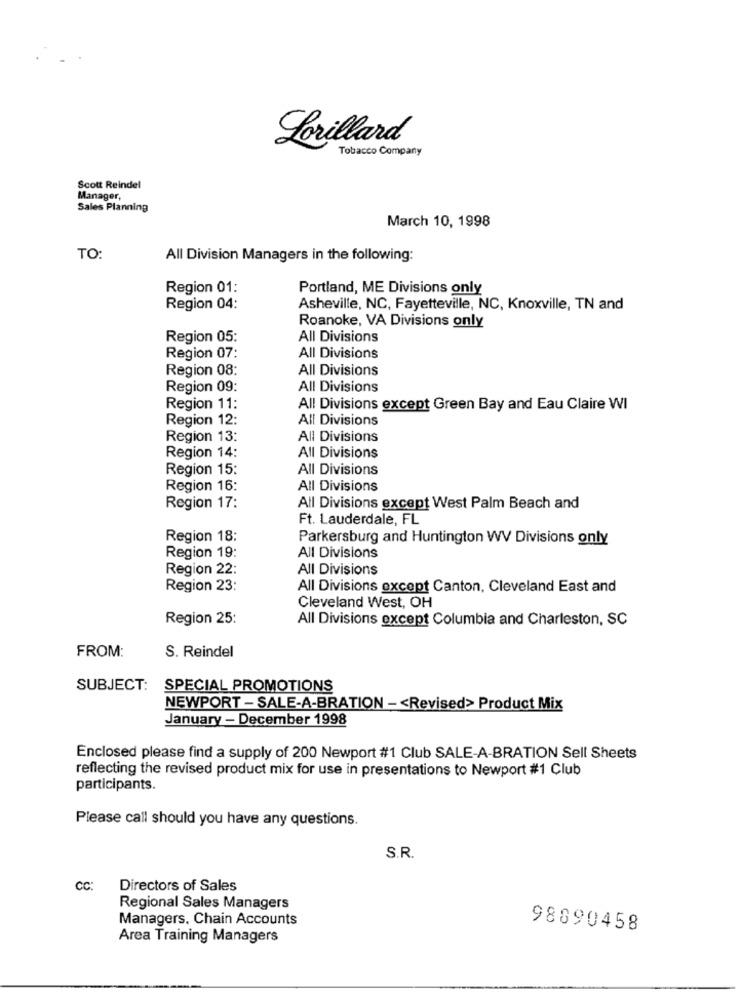
Lorillard
Tobacco Company
Scott Reindel
Manager,
Sales Planning
March 10, 1998
TO:
All Division Managers in the following:
Region 01:
Portland, ME Divisions only
Region 04:
Asheville, NC, Fayetteville, NC, Knoxville, TN and
Roanoke, VA Divisions only
Region 05:
All Divisions
Region 07:
All Divisions
Region 08:
All Divisions
Region 09:
All Divisions
Region 11:
All Divisions except Green Bay and Eau Claire WI
Region 12:
All Divisions
Region 13:
All Divisions
Region 14:
All Divisions
Region 15:
All Divisions
Region 16:
All Divisions
Region 17:
All Divisions except West Palm Beach and
Ft. Lauderdale, FL
Region 18:
Parkersburg and Huntington WV Divisions only
Region 19:
All Divisions
Region 22:
All Divisions
Region 23:
All Divisions except Canton, Cleveland East and
Cleveland West, OH
Region 25:
All Divisions except Columbia and Charleston, SC
FROM:
S. Reindel
SUBJECT: SPECIAL PROMOTIONS
NEWPORT - SALE-A-BRATION - < Revised> Product Mix
January - December 1998
Enclosed please find a supply of 200 Newport #1 Club SALE-A-BRATION Sell Sheets
reflecting the revised product mix for use in presentations to Newport #1 Club
participants.
Please call should you have any questions.
S.R.
CC:
Directors of Sales
Regional Sales Managers
Managers. Chain Accounts
98890458
Area Training Managers